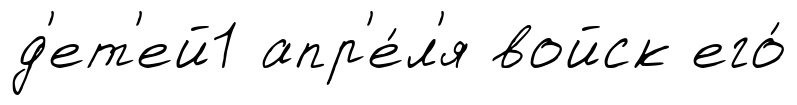
д'ет'ей1 апр'е́л'я войск его́